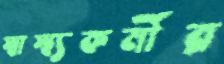
স্বাস্থ্যকর্মীর